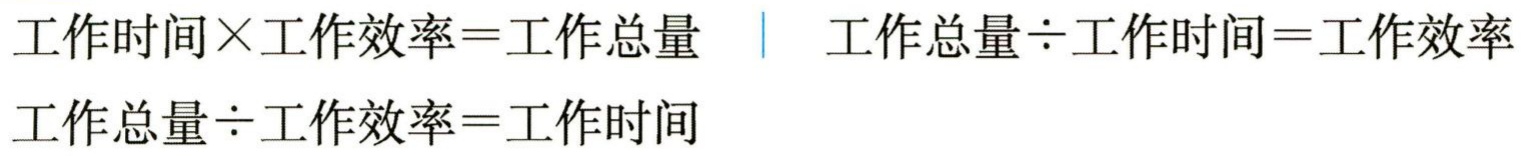
工作时间$\times$工作效率=工作总量  \quad 工作总量$\div$工作时间=工作效率\\

工作总量$\div$工作效率=工作时间